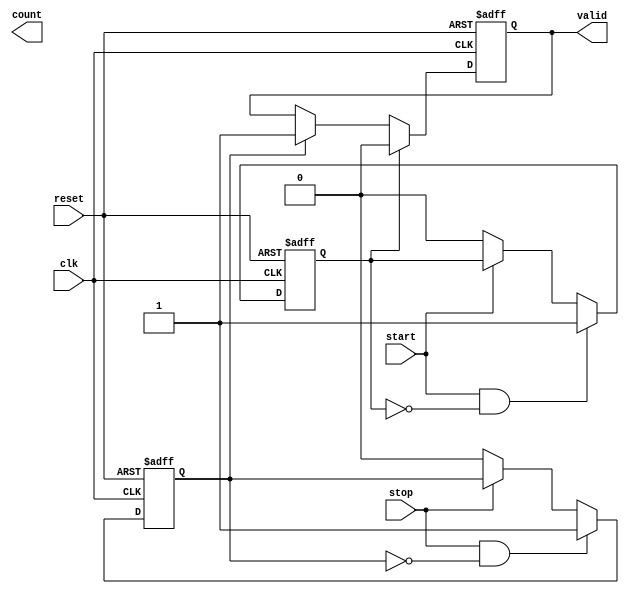
module TDC (
    input wire clk,               // High-frequency sampling clock
    input wire reset,             // Reset signal
    input wire start,             // Start signal
    input wire stop,              // Stop signal
    output reg [N-1:0] count,     // Counter output (N bits)
    output reg valid              // Valid signal to indicate measurement completion
);

parameter N = 10;                 // Number of bits for counter (adjust as needed)
parameter DELAY_STAGES = 16;     // Number of delay stages in the delay line
parameter DELAY_WIDTH = 4;        // Width of delay line output (log2(DELAY_STAGES))

// Delay line implementation
reg [DELAY_WIDTH-1:0] delay_line [0:DELAY_STAGES-1];
reg [DELAY_WIDTH-1:0] delay_out;
reg start_detected, stop_detected;

// Counter
reg [N-1:0] counter;

// Edge detection for start and stop signals
always @(posedge clk or posedge reset) begin
    if (reset) begin
        start_detected <= 1'b0;
        stop_detected <= 1'b0;
    end else begin
        if (start && !start_detected) begin
            start_detected <= 1'b1; // Start edge detected
        end else if (!start) begin
            start_detected <= 1'b0; // Reset start detection
        end
        
        if (stop && !stop_detected) begin
            stop_detected <= 1'b1; // Stop edge detected
        end else if (!stop) begin
            stop_detected <= 1'b0; // Reset stop detection
        end
    end
end

// Delay line logic
integer i;
always @(posedge clk or posedge reset) begin
    if (reset) begin
        for (i = 0; i < DELAY_STAGES; i = i + 1) begin
            delay_line[i] <= 0;
        end
        delay_out <= 0;
    end else begin
        // Shift the delay line
        for (i = DELAY_STAGES-1; i > 0; i = i - 1) begin
            delay_line[i] <= delay_line[i-1];
        end
        delay_line[0] <= start_detected ? 1'b1 : 1'b0; // Load start signal into delay line
        delay_out <= delay_line[DELAY_STAGES-1]; // Output from the last stage
    end
end

// Counter logic
always @(posedge clk or posedge reset) begin
    if (reset) begin
        counter <= 0;
        valid <= 1'b0;
    end else if (start_detected) begin
        counter <= 0; // Initialize counter on start
        valid <= 1'b0; // Reset valid signal
    end else if (stop_detected) begin
        valid <= 1'b1; // Set valid signal on stop
    end else if (start_detected && !stop_detected) begin
        counter <= counter + 1; // Increment counter while measuring
    end
end

endmodule